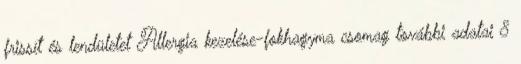
frissít és lendületet Allergia kezelése-fokhagyma csomag további adatai 8